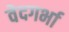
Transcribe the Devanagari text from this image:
वेदगर्भा